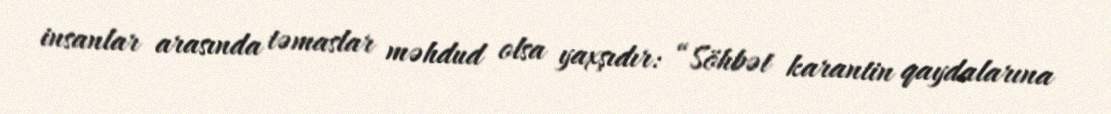
insanlar arasında təmaslar məhdud olsa yaxşıdır: “Söhbət karantin qaydalarına